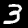
Digit: 3